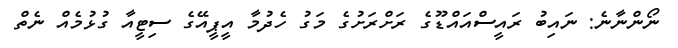
ނޯންނާނެ: ނައިބު ރައީސްއައްޑޫގެ ރަށްރަށުގެ މަގު ހެދުމާ އީޕީއޭގެ ސިޓީއާ ގުޅުމެއް ނެތް